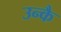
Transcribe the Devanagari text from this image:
उन्कै